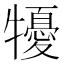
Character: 𤛾